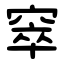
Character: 窣